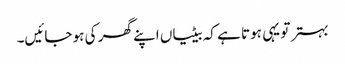
بہتر تو یہی ہوتا ہے کہ بیٹیاں اپنے گھر کی ہو جائیں۔